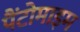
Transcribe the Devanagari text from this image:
पैंटोमाइम